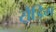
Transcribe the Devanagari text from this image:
स़ैडिग